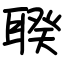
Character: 聧